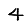
Digit: 4